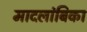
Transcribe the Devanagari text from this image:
मादलांबिका